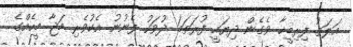
އަލަތު ފިރިމީހާ ވެގެން ދިޔައީ ފުރަތަމަ ދުވަހު ފެނުނު އެކުވެރި މަޖާ މީހެއްގެ